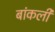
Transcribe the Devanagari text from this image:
बांकली